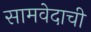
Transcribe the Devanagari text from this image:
सामवेदाची